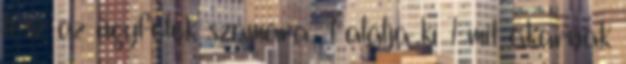
lesz az ügyfelek számára. Találja ki 1 mit akarnak